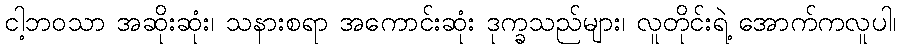
ငါ့ဘဝသာ အဆိုးဆုံး၊ သနားစရာ အကောင်းဆုံး ဒုက္ခသည်များ၊ လူတိုင်းရဲ့ အောက်ကလူပါ၊